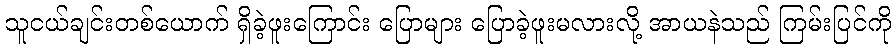
သူငယ်ချင်းတစ်ယောက် ရှိခဲ့ဖူးကြောင်း ပြောများ ပြောခဲ့ဖူးမလားလို့ အာယနဲသည် ကြမ်းပြင်ကို